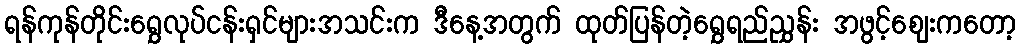
ရန်ကုန်တိုင်းရွှေလုပ်ငန်းရှင်များအသင်းက ဒီနေ့အတွက် ထုတ်ပြန်တဲ့ရွှေရည်ညွှန်း အဖွင့်ဈေးကတော့